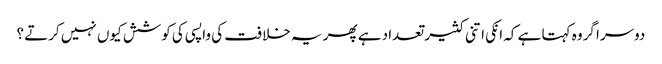
دوسرا گروہ کہتا ہے کہ انکی اتنی کثیر تعداد ہے پھر یہ خلافت کی واپسی کی کوشش کیوں نہیں کرتے ؟